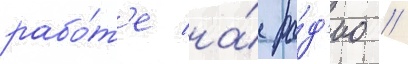
рабо́т'е на́ ра́д'ио //